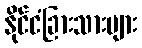
နိုင်ငံခြားသားများ